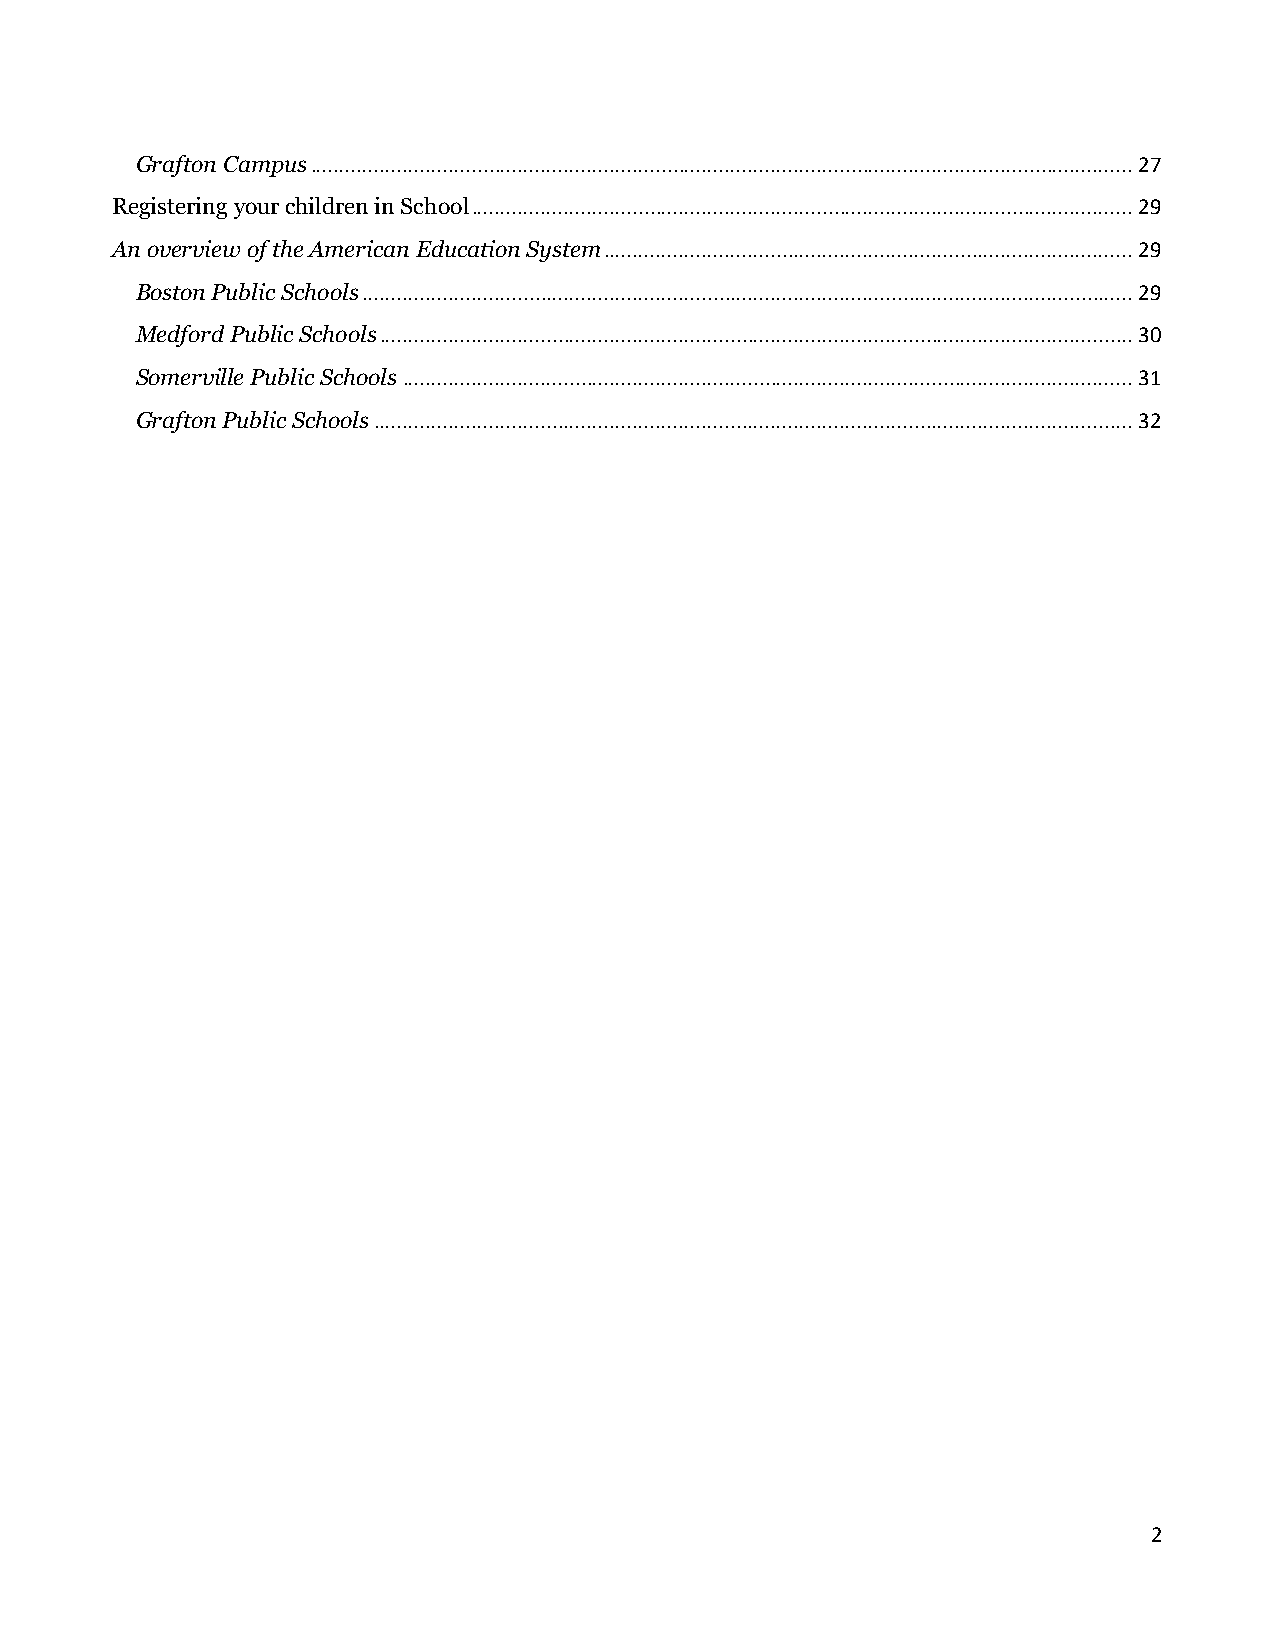
Grafton Campus ............................................................................................................................................... 27
 Registering your children in School ................................................................................................................... 29
 An overview of the American Education System ............................................................................................ 29
 Boston Public Schools ...................................................................................................................................... 29
 Medford Public Schools ................................................................................................................................... 30
 Somerville Public Schools ............................................................................................................................... 31
 Grafton Public Schools .................................................................................................................................... 32
 2